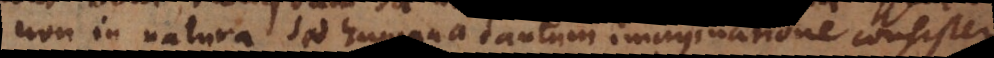
non in natura sed humana tantum imaginatione consisterent.